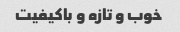
خوب و تازه و باکیفیت